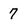
Character: 7